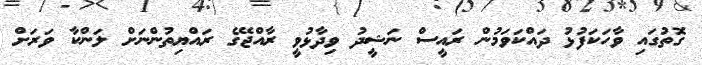
ގޮތުގައި ވާހަކަފުޅު ދައްކަވަމުން ރައީސް ނަޝީދު ވިދާޅުވީ ރާއްޖޭގެ ރައްޔިތުންނަށް ލަންކާ ވަރަށް